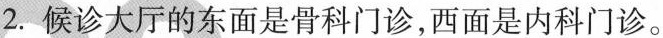
2. 候诊大厅的东面是骨科门诊，西面是内科门诊。